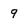
Character: 9